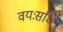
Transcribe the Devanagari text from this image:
वयःसंधि